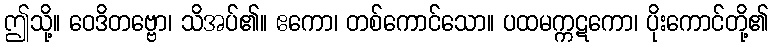
ဤသို့။ ဝေဒိတဗ္ဗော၊ သိအပ်၏။ ဧကော၊ တစ်ကောင်သော။ ပထမက္ကဋကော၊ ပိုးကောင်တို့၏